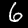
Label: 6